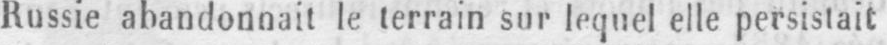
Russie abandonnait le terrain sur lequel elle persistait